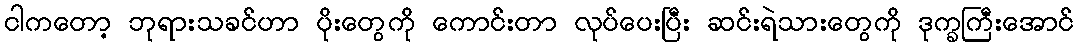
ငါကတော့ ဘုရားသခင်ဟာ ပိုးတွေကို ကောင်းတာ လုပ်ပေးပြီး ဆင်းရဲသားတွေကို ဒုက္ခကြီးအောင်